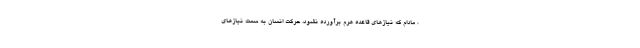
، مادام که نیازهای قاعده هرم برآورده نشود، حرکت انسان به سمت نیازهای